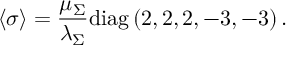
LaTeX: \left< \sigma \right> = \frac { \mu _ { \Sigma } } { \lambda _ { \Sigma } } \mathrm { d i a g } \left( 2 , 2 , 2 , - 3 , - 3 \right) .